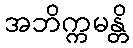
အဘိက္ကမန္တိ